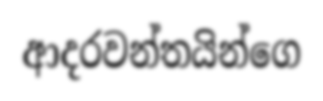
ආදරවන්තයින්ගෙ